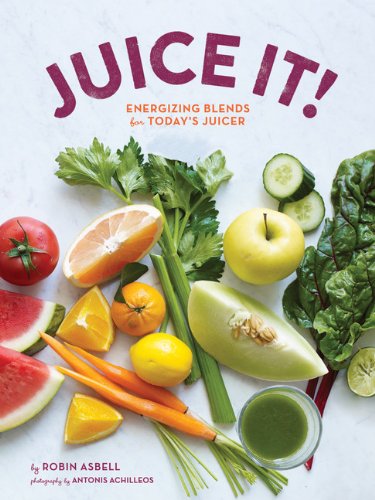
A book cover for Juice It!: Energizing Blends for Today's Juicers; Robin Asbell; Cookbooks, Food & Wine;